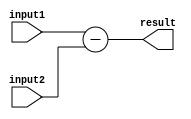
module fixed_point_subtractor (
    input wire signed [15:0] input1,
    input wire signed [15:0] input2,
    output wire signed [15:0] result
);

reg signed [15:0] temp;

always @* begin
    temp = input1 - input2;
    result = temp;
end

endmodule